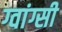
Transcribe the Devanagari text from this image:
ग्वांग्सी